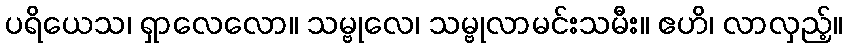
ပရိယေသ၊ ရှာလေလော။ သမ္ဗုလေ၊ သမ္ဗုလာမင်းသမီး။ ဧဟိ၊ လာလှည့်။